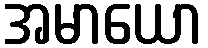
အမာယော